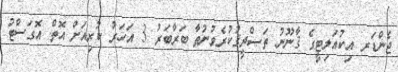
ޖެންޑަރ އިކުއަލިޓީގެ ޤާނޫނު ތަޞްދީޤުކުރެވުނުތާ ބަރާބަރު 3 އަހަރު ކުރިއަށް އޮތް އޮގަސްޓު